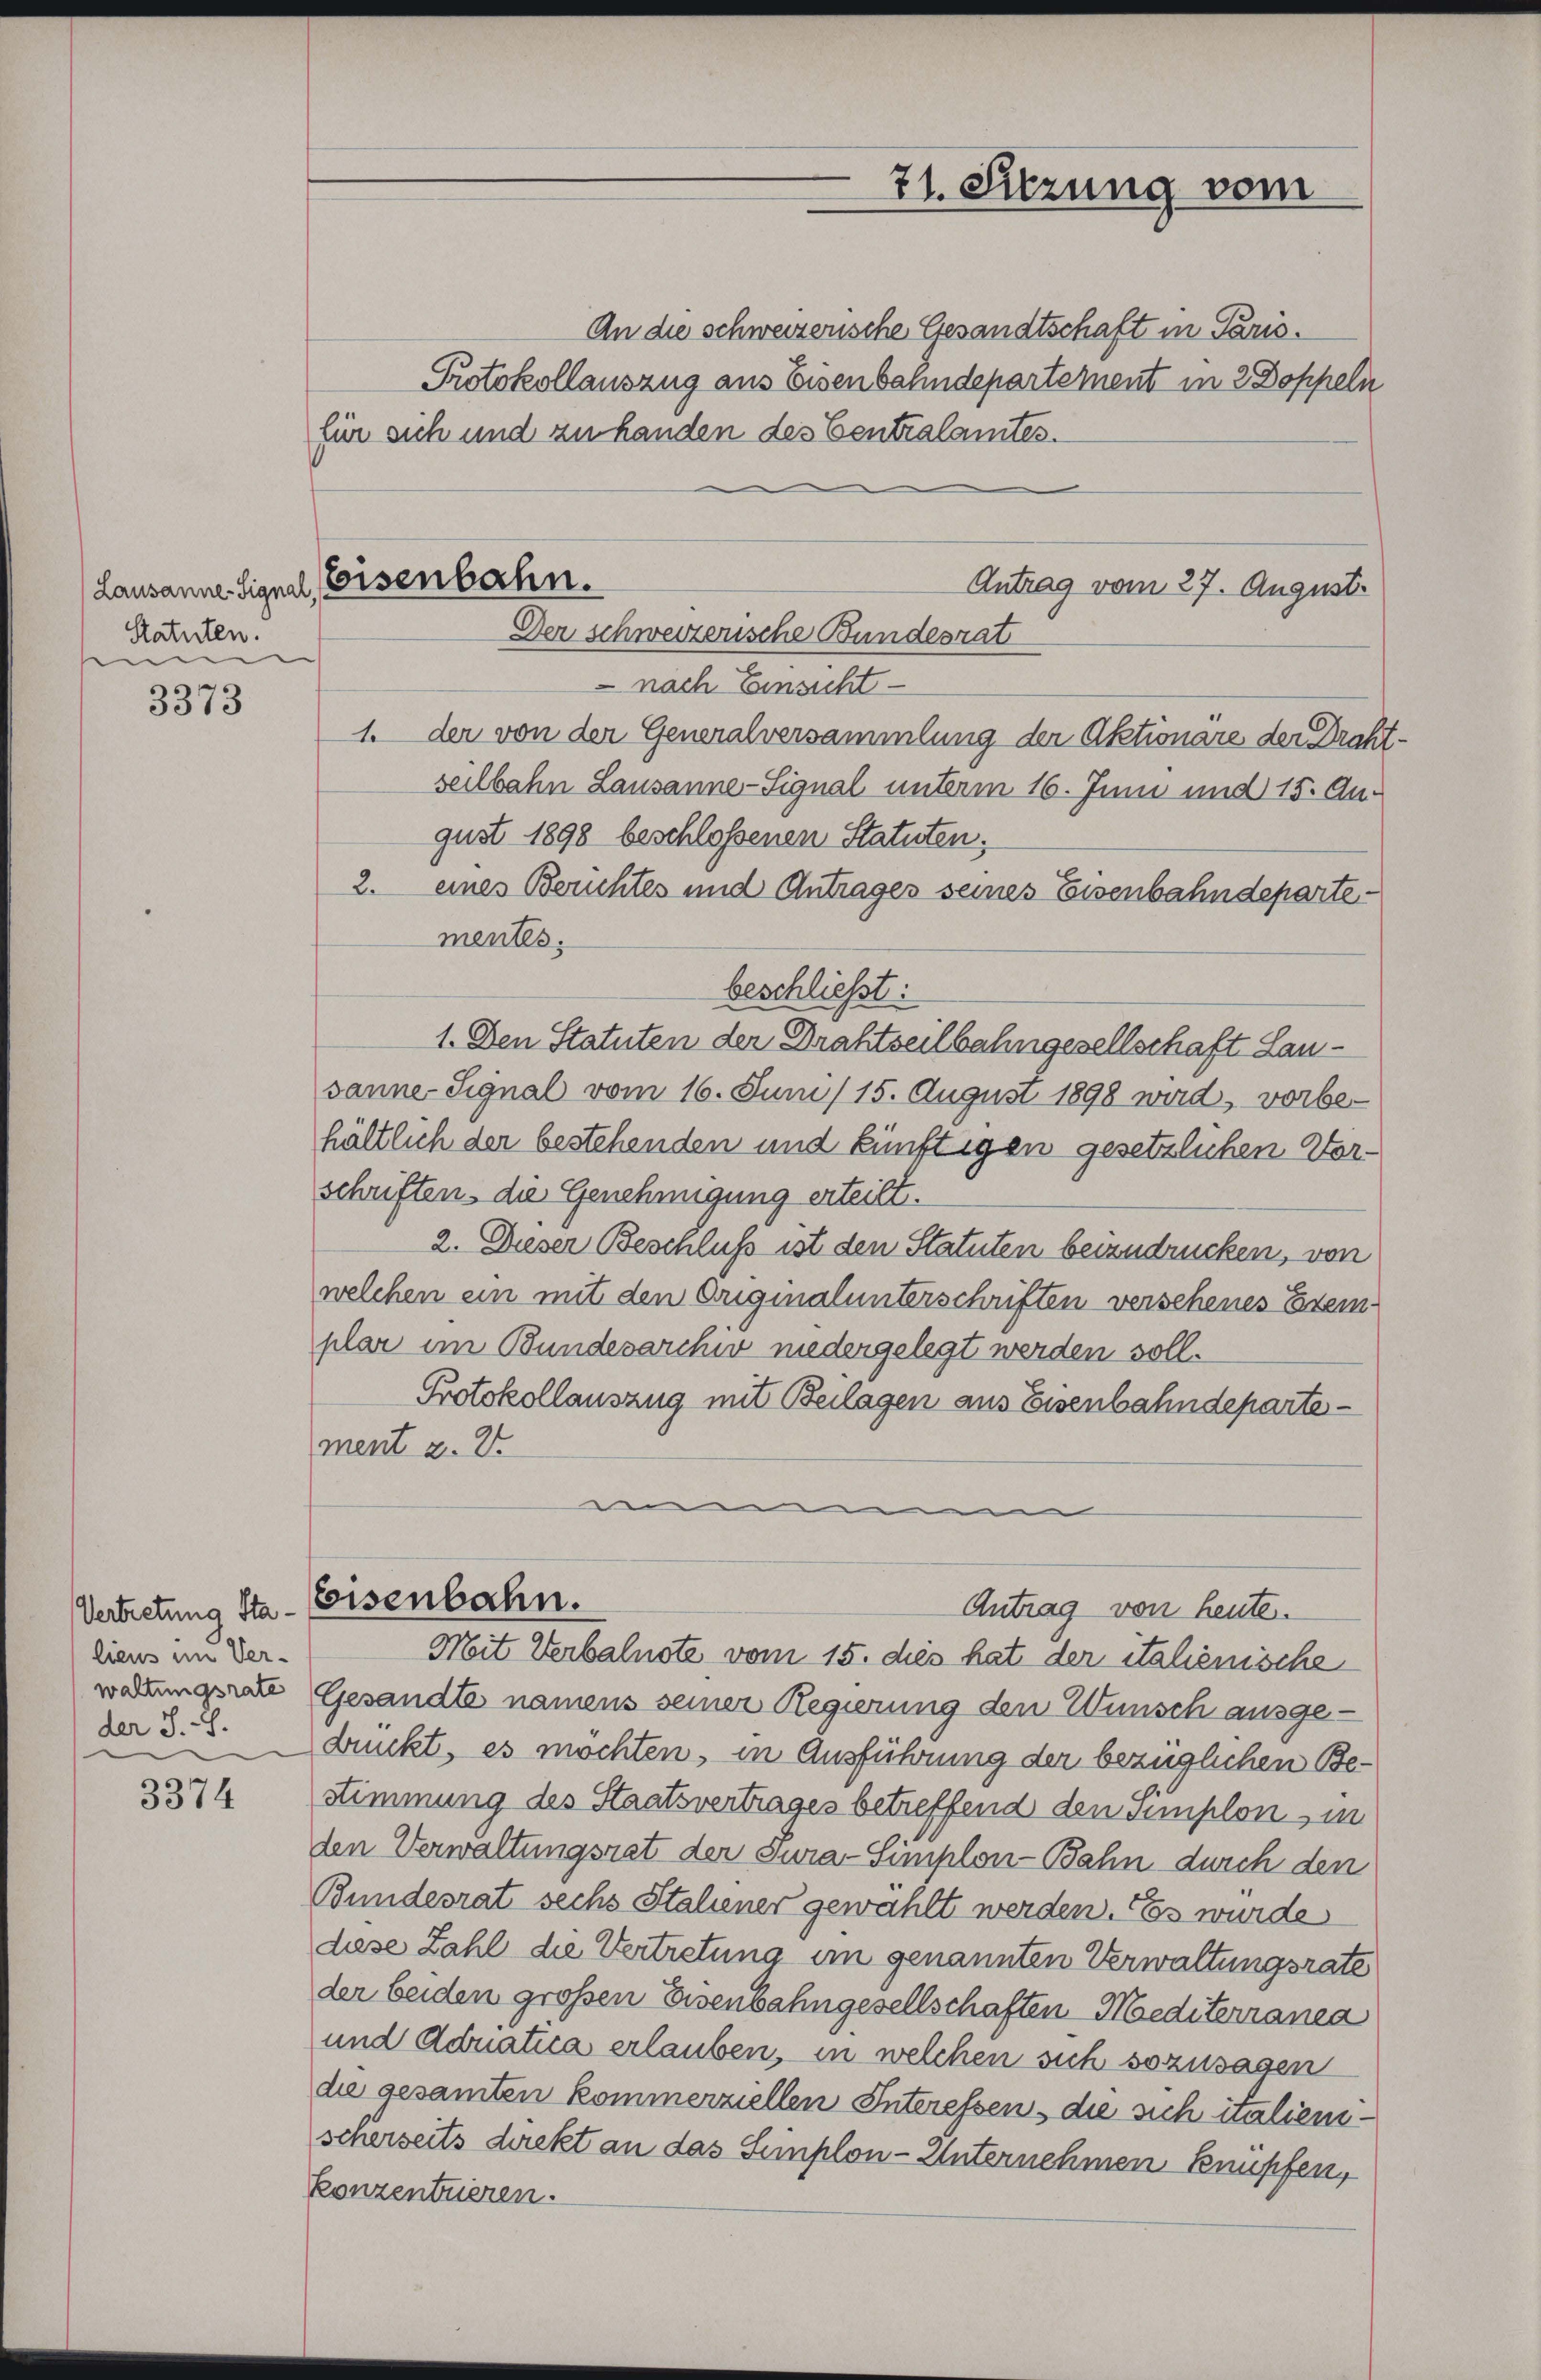
Statuten.
e

3373

Vertretung Sta-
lieus im Ver-
waltungsrate
der S. S.

3374

Lausanne. Signal, Eisenbahn.

71. Sitzung vom

An die schweizerische Gesandtschaft in Paris.
Protokollauszug aus Eisenbahndepartement in 2 Doppeln
für sich und zu handen des Centralamtes.
Antrag vom 27. August.
Der schweizerische Bundesrat
 nach Einsicht
1. der von der Generalversammlung der Aktionare der Drah
seilbahn Lausanne-Signal unterm 16. Juni und 15. August 1898 beschlossenen Statuten;
2. eines Berichtes und Antrages seines Eisenbahndepartementes.
beschließt:
1. Den Statuten der Drahtseilbahngesellschaft Lausanne Signal vom 16. Juni / 15. August 1898 wird, vorbehältlich der bestehenden und künftigen gesetzlichen Vor-
schriften, die Genehmigung erteilt.
2. Dieser Beschluß ist den Statuten beizudrücken, von
welchen ein mit den Originalunterschriften verschenes Exemplar im Bundesarchiv niedergelegt werden soll.
Protokollauszug mit Beilagen aus Eisenbahndepartement z. 2
e

Eisenbahn.
Antrag von heute.
Mit Verbalnote vom 15. dies hat der italienische

Gesandte namens seiner Regierung den Wünsch ausge-
dunkt, es möchten, in Ausführung der bezüglichen Bestimmung des Staatsvertrages betreffend den semplon, in
den Verwaltungsrat der Jura-Simplon-Bahn durch den
Bundesrat sechs Staliener gewählt werden. Es wurde
diese Zahl die Vertretung im genannten Verwaltungsrate
der beiden großen Eisenbahngesellschaften Mediterranea
und Abnatica erlauben, in welchen sich sozusagen
die gesamten kommerziellen Interessen, die sich italienischerseits direkt an das Semplon-Unternehmen knüpfen,
konzentuieren.